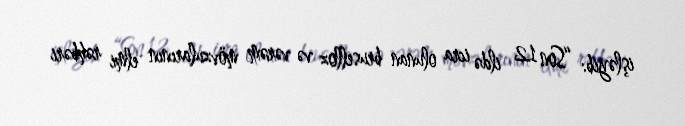
işləyib: “Son 12 ildə icra olunan bruselloz və vərəm mövzularının elmi rəhbəri